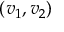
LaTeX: ( v _ { 1 } , v _ { 2 } )